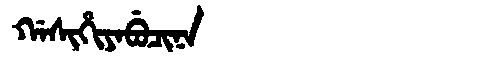
Manchu: ᡤᠠᠰᡳᡥᡳᠶᠠᠪᡠᠴᡳᠨᠠ
Romanization: GASIHIYABUCINA